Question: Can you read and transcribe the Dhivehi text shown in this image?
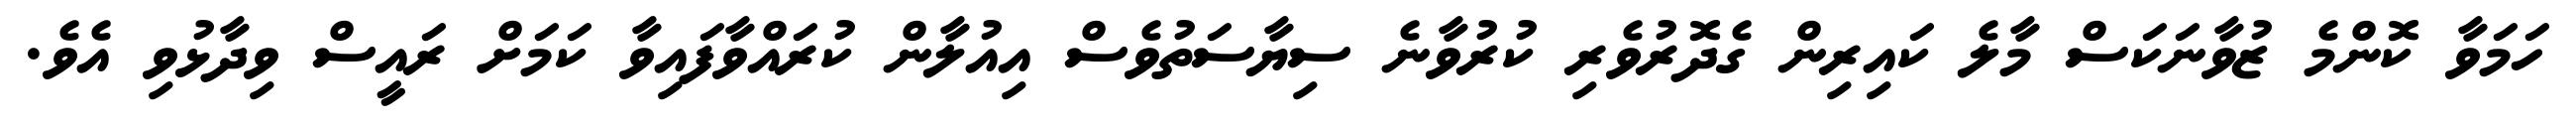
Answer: ހަމަވާ ކޮންމެ ޒުވާނަކަސް މާލެ ކައިރިން ގެދޮރުވެރި ކުރުވާނެ ސިޔާސަތުވެސް އިއުލާން ކުރައްވާފައިވާ ކަމަށް ރައީސް ވިދާޅުވި އެވެ.